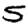
Digit: 5